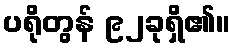
ပရိုတွန် ၉၂ခုရှိ၏။